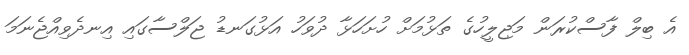
އެ ބިލް ފާސްކުރަން މަޖިލީހުގެ ތަޅުމަށް ހުށަހަޅާ ދުވަހު އަޅުގަނޑު ޖަލްސާގައި އިނދެވިއްޖެނަމަ